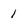
Character: 1